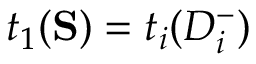
t _ { 1 } ( \mathbf { S } ) = t _ { i } ( D _ { i } ^ { - } )